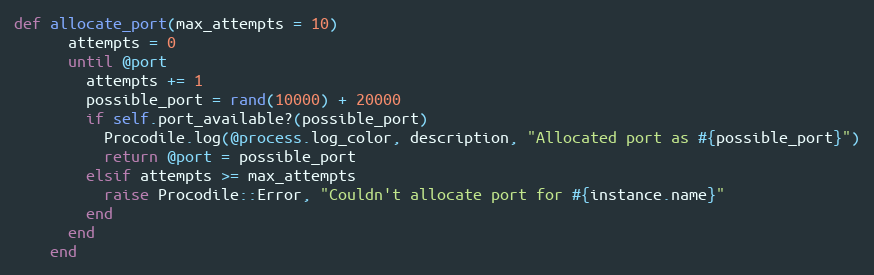
Language: Ruby
def allocate_port(max_attempts = 10)
      attempts = 0
      until @port
        attempts += 1
        possible_port = rand(10000) + 20000
        if self.port_available?(possible_port)
          Procodile.log(@process.log_color, description, "Allocated port as #{possible_port}")
          return @port = possible_port
        elsif attempts >= max_attempts
          raise Procodile::Error, "Couldn't allocate port for #{instance.name}"
        end
      end
    end